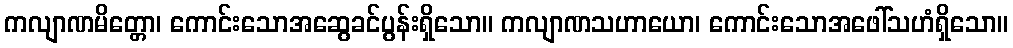
ကလျာဏမိတ္တော၊ ကောင်းသောအဆွေခင်ပွန်းရှိသော။ ကလျာဏသဟာယော၊ ကောင်းသောအဖေါ်သဟံရှိသော။